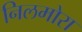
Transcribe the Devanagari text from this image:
निलमोरा